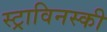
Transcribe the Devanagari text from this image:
स्ट्राविनस्की